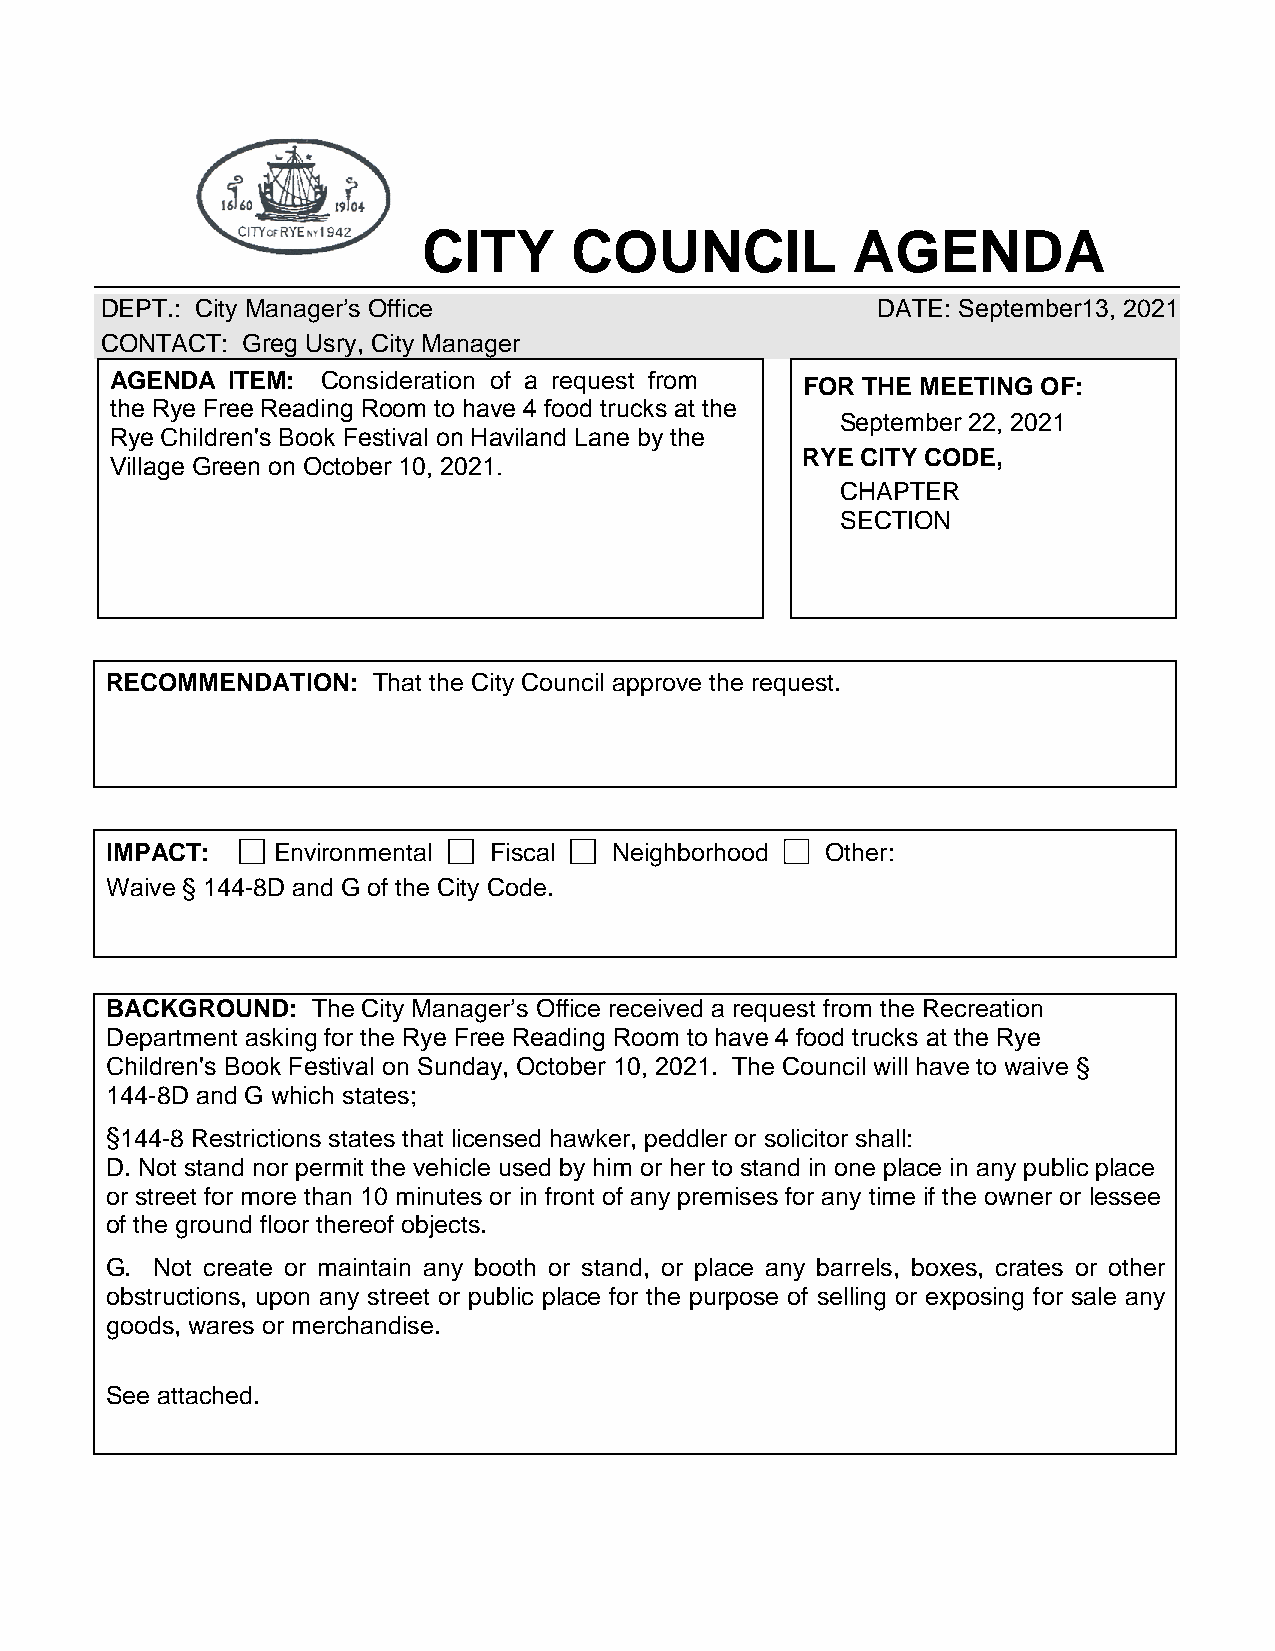
CITY      COUNCIL           AGENDA
 DEPT.: City Manager’s Office                       DATE: September13, 2021
 CONTACT: Greg Usry, City Manager
 AGENDA  ITEM: Consideration of a request from
 FOR THE MEETING OF:
 the Rye Free Reading Room to have 4 food trucks at the
 September 22, 2021
 Rye Children's Book Festival on Haviland Lane by the
 RYE CITY CODE,
 Village Green on October 10, 2021.
 CHAPTER
 SECTION
 RECOMMENDATION:   That the City Council approve the request.
 IMPACT:    Environmental Fiscal   Neighborhood  Other:
 Waive § 144-8D and G of the City Code.
 BACKGROUND:   The City Manager’s Office received a request from the Recreation
 Department asking for the Rye Free Reading Room to have 4 food trucks at the Rye
 Children's Book Festival on Sunday, October 10, 2021. The Council will have to waive §
 144-8D and G which states;
 §144-8 Restrictions states that licensed hawker, peddler or solicitor shall:
 D. Not stand nor permit the vehicle used by him or her to stand in one place in any public place
 or street for more than 10 minutes or in front of any premises for any time if the owner or lessee
 of the ground floor thereof objects.
 G. Not create or maintain any booth or stand, or place any barrels, boxes, crates or other
 obstructions, upon any street or public place for the purpose of selling or exposing for sale any
 goods, wares or merchandise.
 See attached.